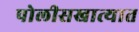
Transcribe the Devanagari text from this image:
पोलीसखात्यात